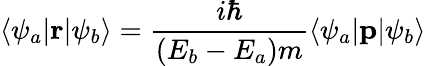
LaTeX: \langle\psi_{a}|\mathbf{r}|\psi_{b}\rangle={\frac{i\hbar}{(E_{b}-E_{a})m}}\langle\psi_{a}|\mathbf{p}|\psi_{b}\rangle